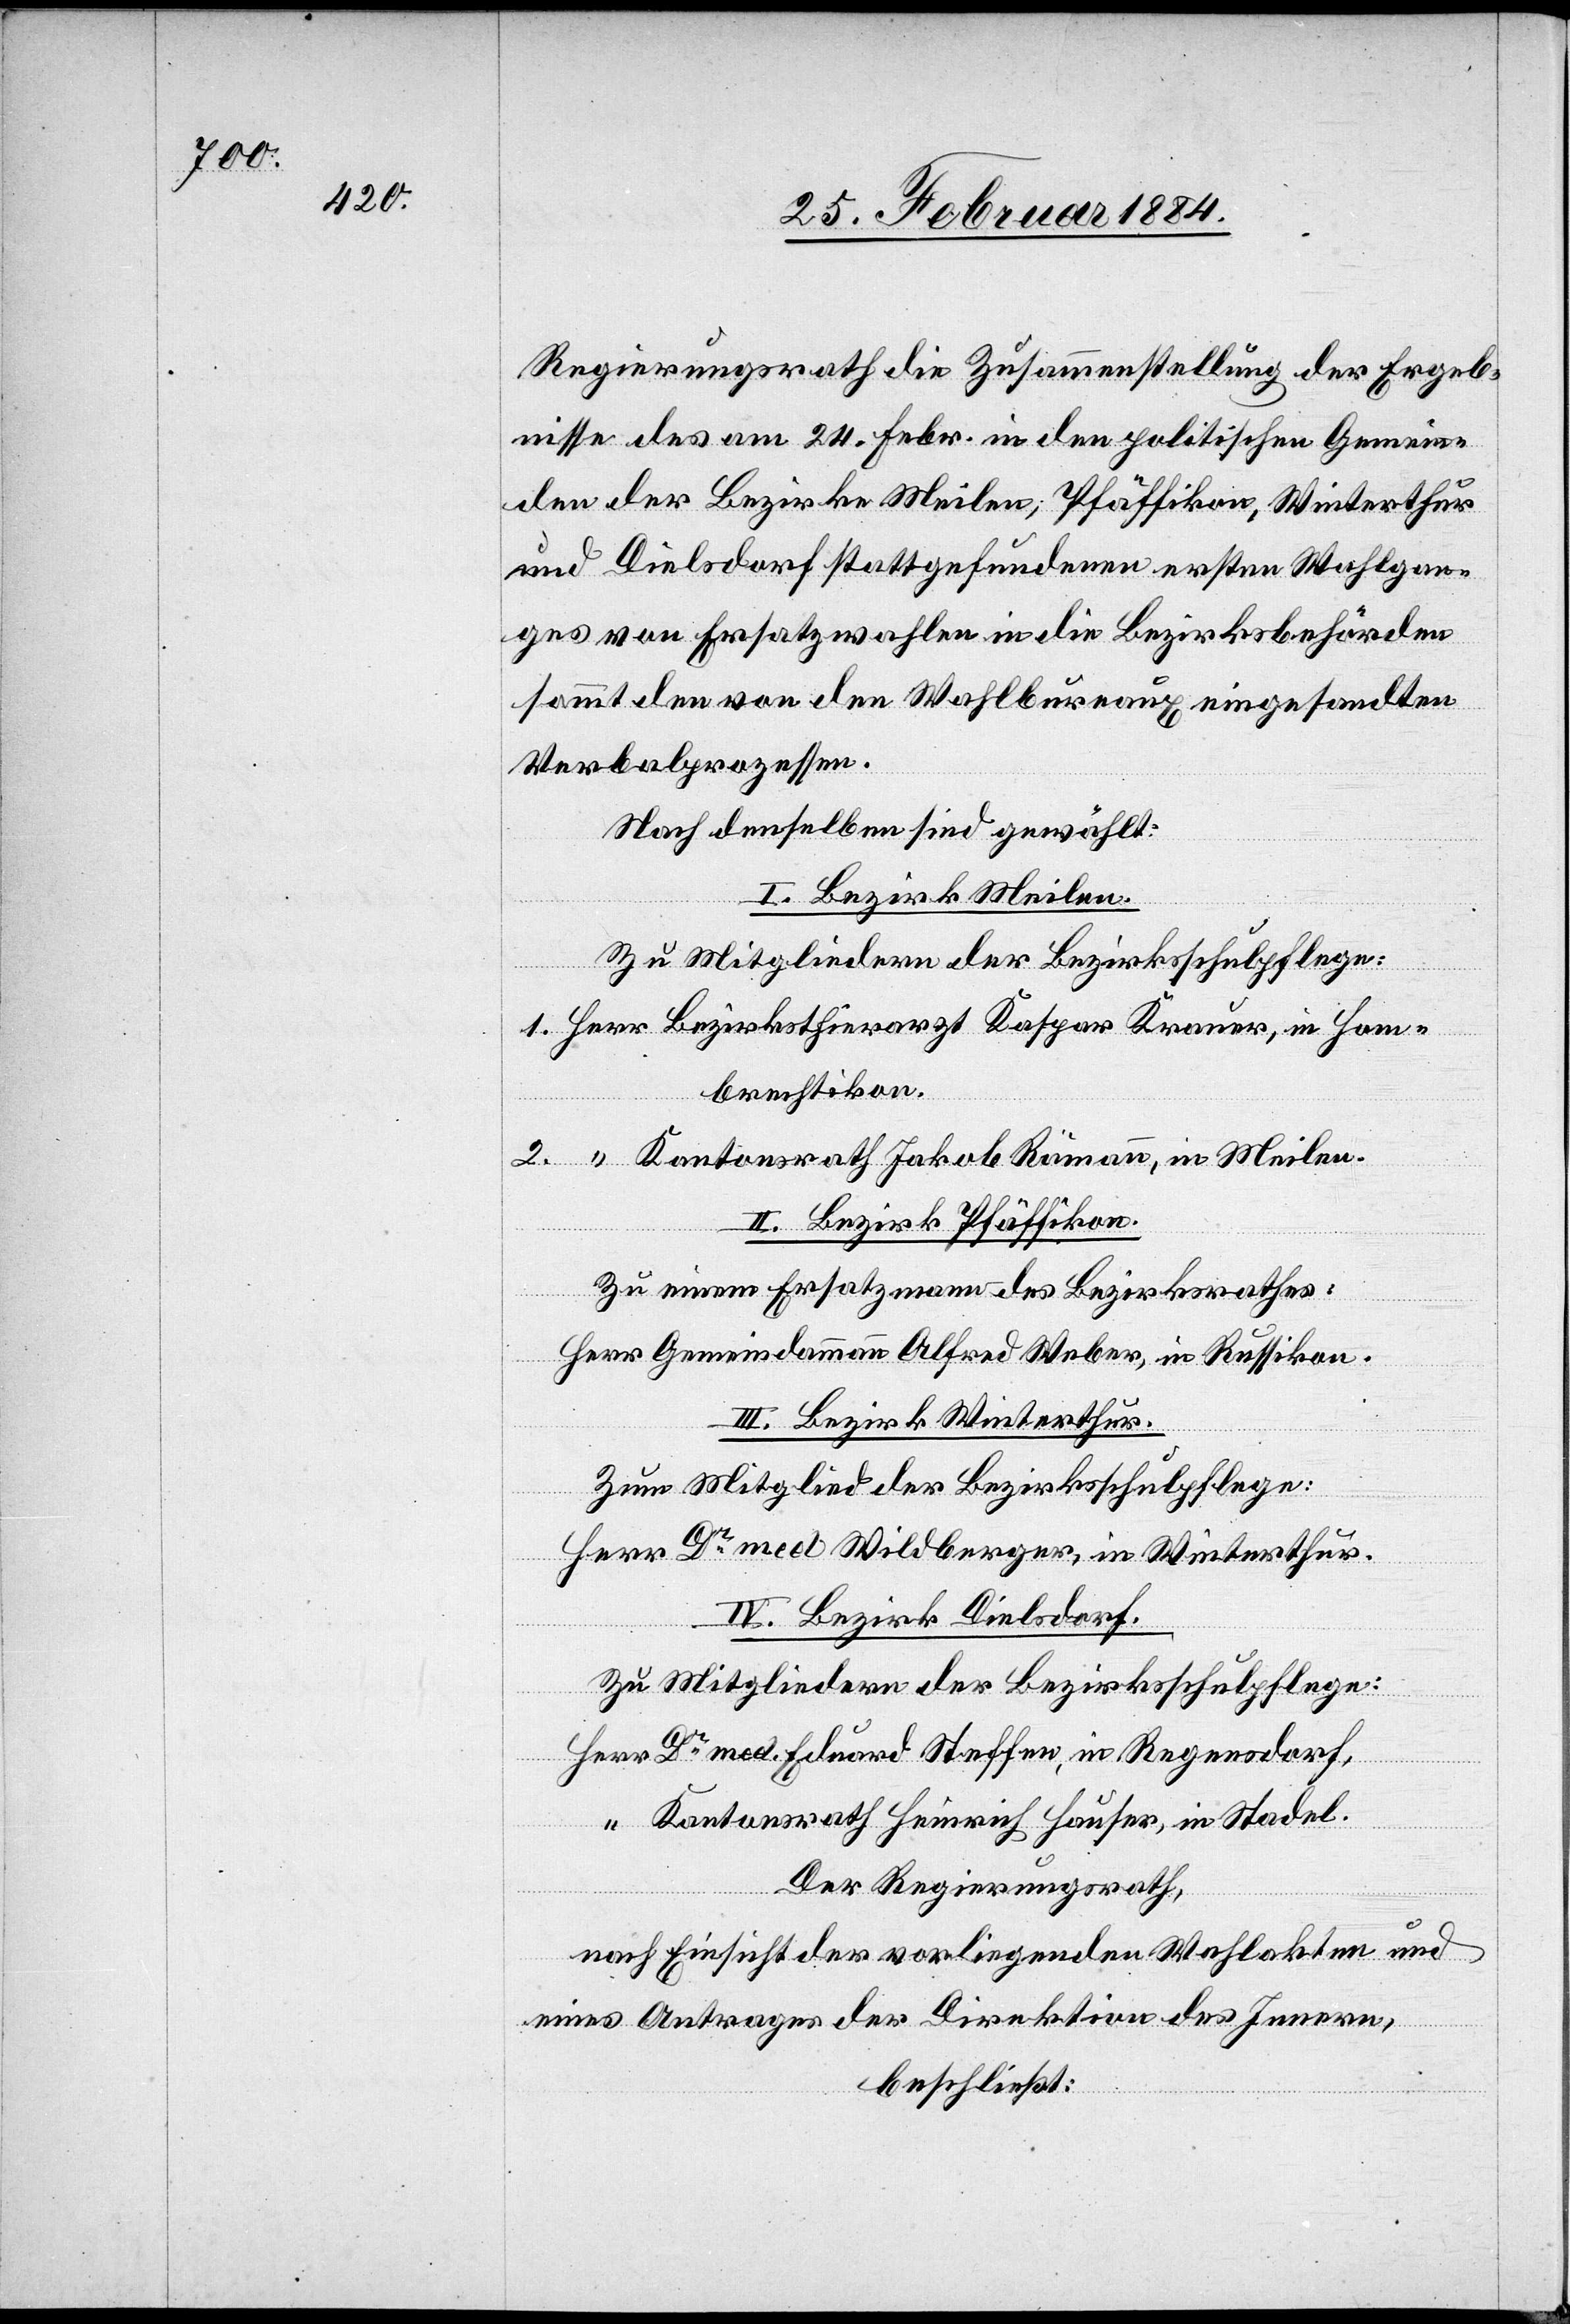
Regierungsrath die Zusammenstellung der Ergeb¬
nisse des am 24. Febr. in den politischen Gemein¬
den der Bezirke Meilen, Pfäffikon, Winterthur
und Dielsdorf stattgefundenen ersten Wahlgan¬
ges von Ersatzwahlen in die Bezirksbehörden
sammt den von den Wahlbureaux eingesandten
Verbalprozessen.
Nach denselben sind gewählt:
I. Bezirk Meilen.
Zu Mitgliedern der Bezirksschulpflege:
1. Herr Bezirksthierarzt Kaspar Krauer, in Hom¬
brechtikon.
2. “ Kantonsrath Jakob Rämann, in Meilen.
II. Bezirk Pfäffikon.
Zu einem Ersatzmann des Bezirksrathes:
Herr Gemeindeammann Alfred Weber, in Russikon.
III. Bezirk Winterthur.
Zum Mitglied der Bezirksschulpflege:
Herr Dr med. Wildberger, in Winterthur.
IV. Bezirk Dielsdorf.
Zu Mitgliedern der Bezirksschulpflege:
Herr Dr med. Eduard Steffen, in Regensdorf,
“ Kantonsrath Heinrich Hauser, in Stadel.
Der Regierungsrath,
nach Einsicht der vorliegenden Wahlakten und
eines Antrages der Direktion des Innern,
beschließt: